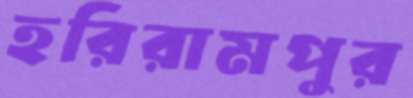
হরিরামপুর